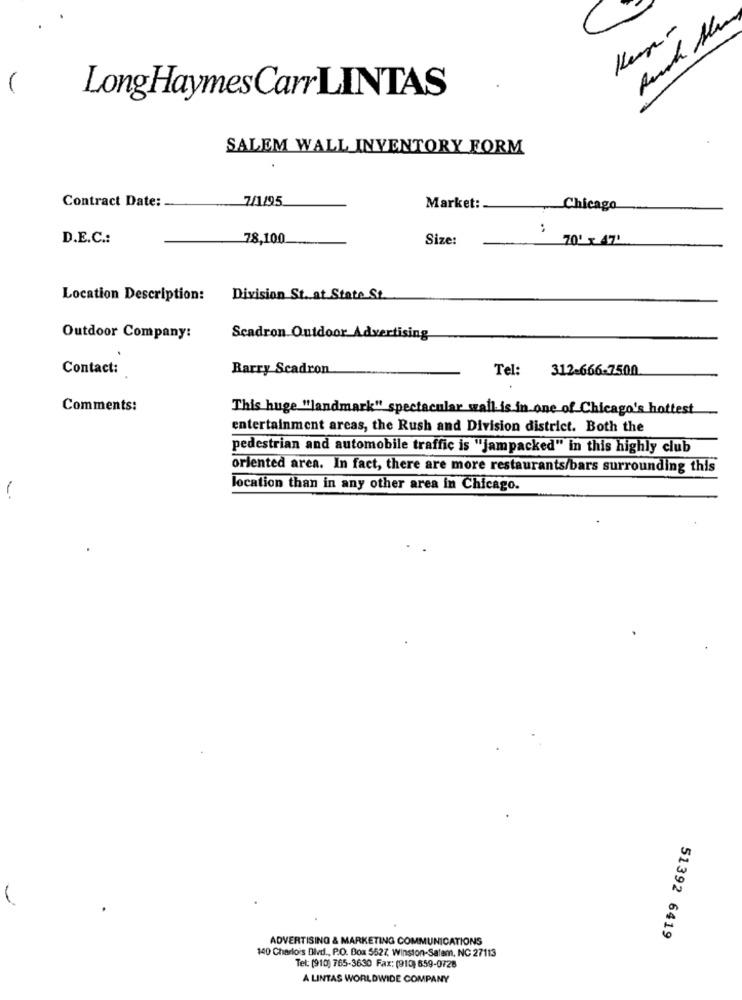
LongHaymes Carr LINTAS
SALEM WALL INVENTORY FORM
7/1/95
Contract Date:
Market:
Chicago
:
D.E.C .:
78,100
Size:
70' x 47'
Location Description:
Division St. at State St
Outdoor Company:
Scadron Outdoor Advertising
Contact:
Barry Scadron
Tel: 312-666-7500
Comments:
This huge "landmark" spectacular wall is in one of Chicago's hottest
entertainment areas, the Rush and Division district. Both the
pedestrian and automobile traffic is "jampacked" in this highly club
oriented area. In fact, there are more restaurants/bars surrounding this
location than in any other area in Chicago.
1
ADVERTISING & MARKETING COMMUNICATIONS
51392 6419
140 Charlois Divd ., P.O. Box 5527, Winston-Salem, NC 27113
Tel: (910) 765-3630 Fax: (910) 659-0728
A LINTAS WORLDWIDE COMPANY